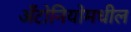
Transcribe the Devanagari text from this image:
अँटोनियोमधील